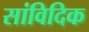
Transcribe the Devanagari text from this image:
सांविदिक